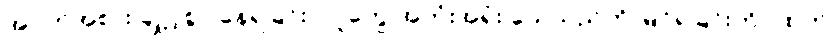
အဝတ်အစား ချို့ငဲ့စွာ နေရခြင်း၊ လူတွေ အတုံးအရုံး သေသည်ကို မြင်ရခြင်းတိုပထက်